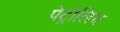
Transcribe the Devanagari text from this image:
पेट्रोलिय